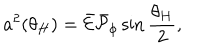
a ^ { 2 } ( \theta _ { H } ) = \bar { \cal E } \bar { \cal P } _ { \phi } \sin { \frac { \theta _ { H } } { 2 } } ,